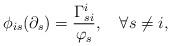
LaTeX: \begin{align*} \phi_{is}(\partial_s)=\frac{\Gamma_{si}^i}{\varphi_s},\quad\forall s\neq i, \end{align*}